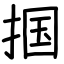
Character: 掴